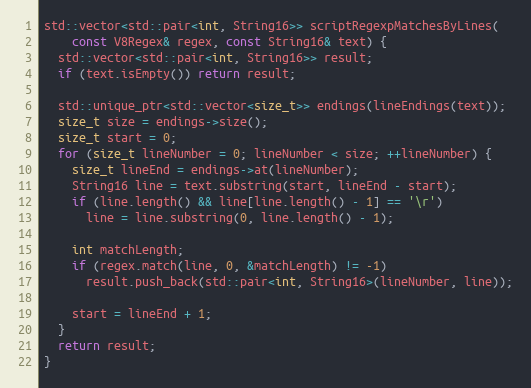
Language: C++
std::vector<std::pair<int, String16>> scriptRegexpMatchesByLines(
    const V8Regex& regex, const String16& text) {
  std::vector<std::pair<int, String16>> result;
  if (text.isEmpty()) return result;

  std::unique_ptr<std::vector<size_t>> endings(lineEndings(text));
  size_t size = endings->size();
  size_t start = 0;
  for (size_t lineNumber = 0; lineNumber < size; ++lineNumber) {
    size_t lineEnd = endings->at(lineNumber);
    String16 line = text.substring(start, lineEnd - start);
    if (line.length() && line[line.length() - 1] == '\r')
      line = line.substring(0, line.length() - 1);

    int matchLength;
    if (regex.match(line, 0, &matchLength) != -1)
      result.push_back(std::pair<int, String16>(lineNumber, line));

    start = lineEnd + 1;
  }
  return result;
}